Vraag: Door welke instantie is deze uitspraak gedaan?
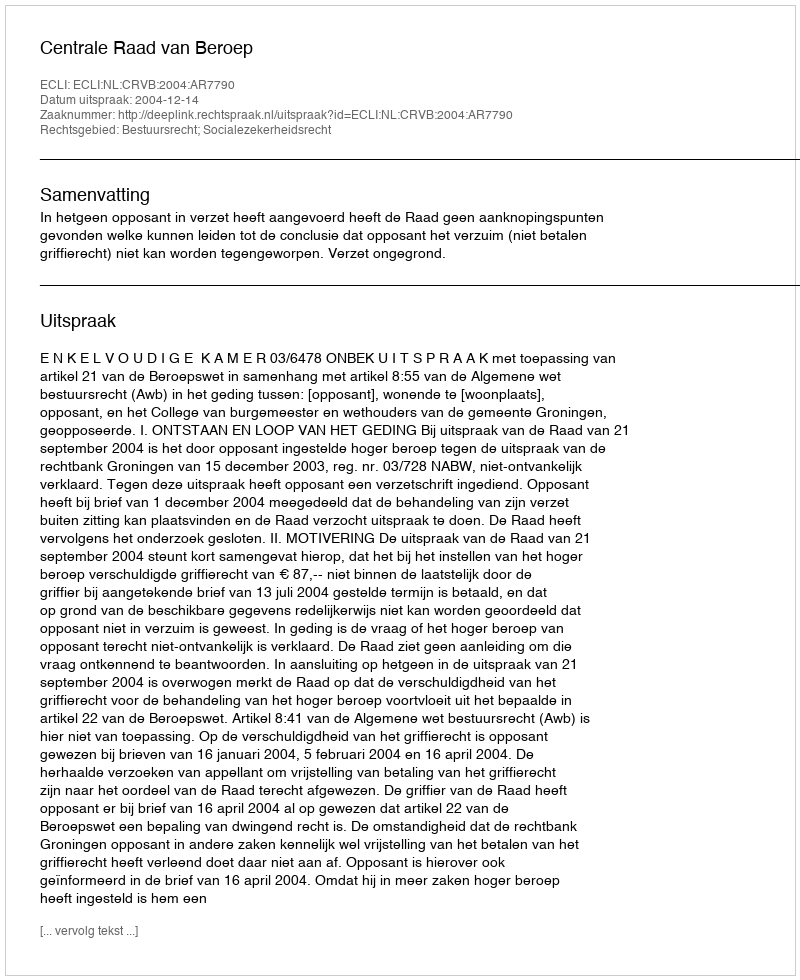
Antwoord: Centrale Raad van Beroep